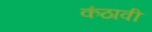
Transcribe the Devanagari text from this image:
कंठावी